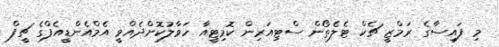
މި ފައިސާގެ ރަމްޒީ ޗެކް ޓެލެތޯން ސްޓިއަރިން ކޮމިޓީއާ ހަވާލުކޮށްދެއްވީ އެމްއެންޑީއެފްގެ ޗީފް